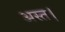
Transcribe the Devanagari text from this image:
अस्त।